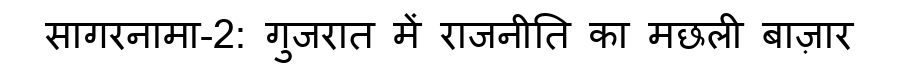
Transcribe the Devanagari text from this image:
सागरनामा-2: गुजरात में राजनीति का मछली बाज़ार